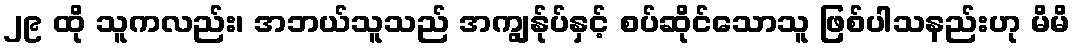
၂၉ ထို သူကလည်း၊ အဘယ်သူသည် အကျွန်ုပ်နှင့် စပ်ဆိုင်သောသူ ဖြစ်ပါသနည်းဟု မိမိ